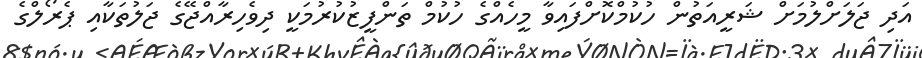
އަދި ޖަލަށްލުމަށް ޝަރީއަތުން ހުކުމްކޮށްފައިވާ މީހެއްގެ ހުކުމް ތަންފީޒުކުރުމަކީ ދިވެހިރާއްޖޭގެ ޖަލުތަކާއި ޕެރޯލްގެ